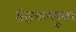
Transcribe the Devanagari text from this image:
तिरूवल्लूवर